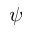
\psi